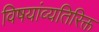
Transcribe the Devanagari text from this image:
विषयांव्यतिरिक्त